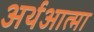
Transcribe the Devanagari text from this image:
अर्थआत्मा